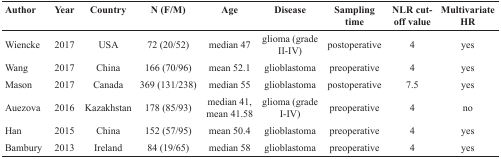
<table><thead><tr><td><b>Author</b></td><td><b>Year</b></td><td><b>Country</b></td><td><b>N (F/M)</b></td><td><b>Age</b></td><td><b>Disease</b></td><td><b>Sampling time</b></td><td><b>NLR cut-off value</b></td><td><b>Multivariate HR</b></td></tr></thead><tbody><tr><td>Wiencke</td><td>2017</td><td>USA</td><td>72 (20/52)</td><td>median 47</td><td>glioma (grade II-IV)</td><td>postoperative</td><td>4</td><td>yes</td></tr><tr><td>Wang</td><td>2017</td><td>China</td><td>166 (70/96)</td><td>mean 52.1</td><td>glioblastoma</td><td>preoperative</td><td>4</td><td>yes</td></tr><tr><td>Mason</td><td>2017</td><td>Canada</td><td>369 (131/238)</td><td>median 55</td><td>glioblastoma</td><td>postoperative</td><td>7.5</td><td>yes</td></tr><tr><td>Auezova</td><td>2016</td><td>Kazakhstan</td><td>178 (85/93)</td><td>median 41, mean 41.58</td><td>glioma (grade I-IV)</td><td>preoperative</td><td>4</td><td>no</td></tr><tr><td>Han</td><td>2015</td><td>China</td><td>152 (57/95)</td><td>mean 50.4</td><td>glioblastoma</td><td>preoperative</td><td>4</td><td>yes</td></tr><tr><td>Bambury</td><td>2013</td><td>Ireland</td><td>84 (19/65)</td><td>median 58</td><td>glioblastoma</td><td>preoperative</td><td>4</td><td>yes</td></tr></tbody></table>